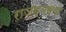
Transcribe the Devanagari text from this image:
राजव्यस्था